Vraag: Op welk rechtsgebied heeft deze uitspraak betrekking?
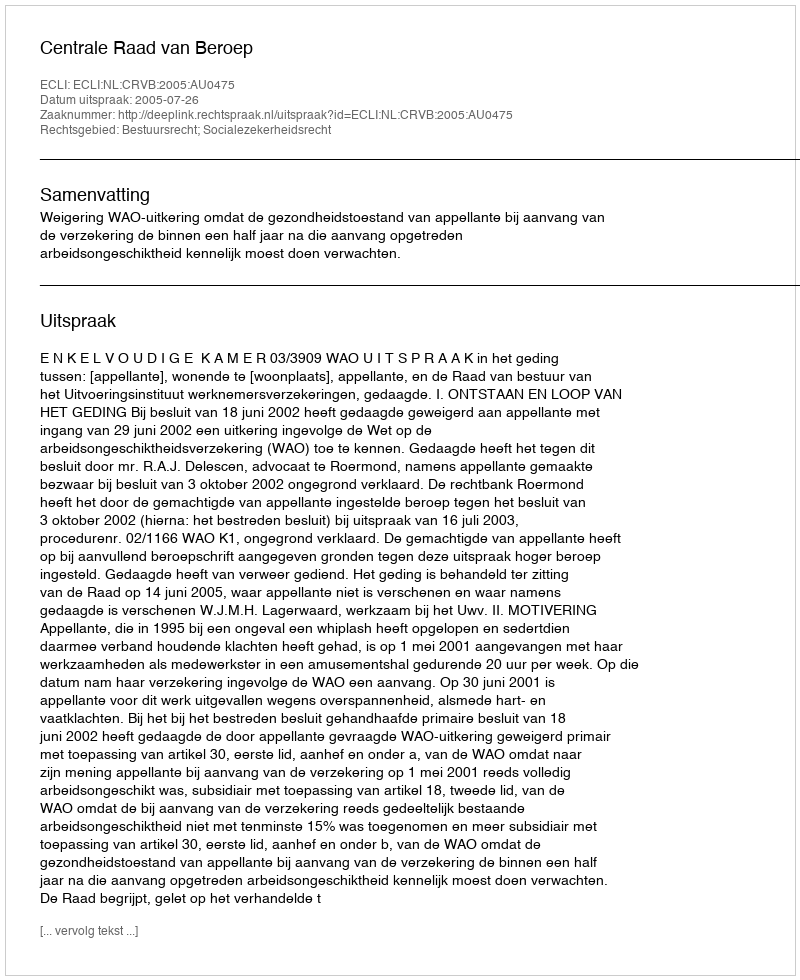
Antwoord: Bestuursrecht; Socialezekerheidsrecht